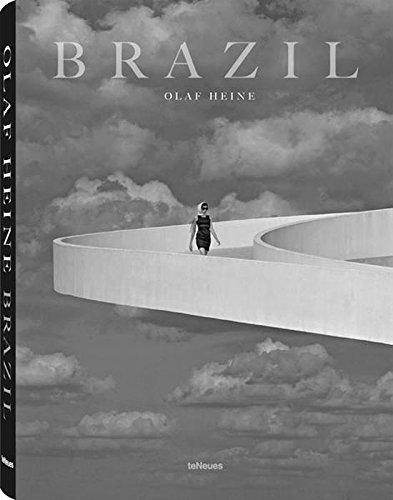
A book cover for Brazil; Arts & Photography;